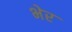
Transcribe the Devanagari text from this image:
भेर